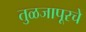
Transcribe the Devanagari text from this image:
तुळजापूरचे